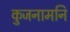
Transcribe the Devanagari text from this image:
कुजनामनि